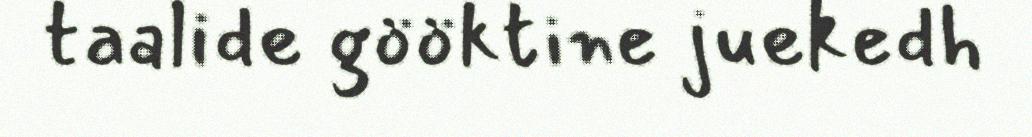
taalide gööktine juekedh